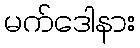
မက်ဒေါနား